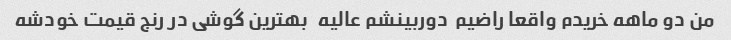
من دو ماهه خریدم واقعا راضیم  دوربینشم عالیه   بهترین گوشی در رنج قیمت خودشه